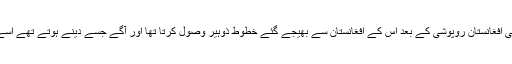
ملک ممتاز کی افغانستان روپوشی کے بعد اس کے افغانستان سے بھیجے گئے خطوط ذوہیر وصول کرتا تھا اور آگے جسے دینے ہوتے تھے اسے پہنچاتا تھا ۔